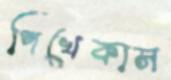
পিখেকাস